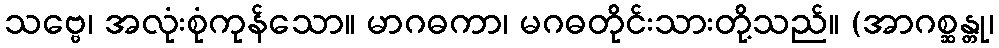
သဗ္ဗေ၊ အလုံးစုံကုန်သော။ မာဂဓကာ၊ မဂဓတိုင်းသားတို့သည်။ (အာဂစ္ဆန္တု၊